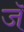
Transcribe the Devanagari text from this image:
जॅ